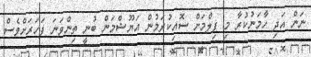
ނަން އަދި ހާމަނުކުރާ މި ފިލްމަށް ސޮއިކުރަމުން އަޔޫޝްމަން ބުނީ ތިންވަނަ ފަހަރަށްވެސް